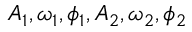
A _ { 1 } , \omega _ { 1 } , \phi _ { 1 } , A _ { 2 } , \omega _ { 2 } , \phi _ { 2 }